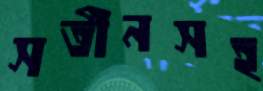
সতীনসহ